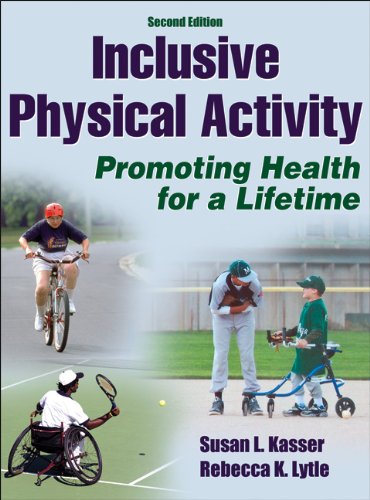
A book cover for Inclusive Physical Activity-2nd Edition; Susan Kasser; Health, Fitness & Dieting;